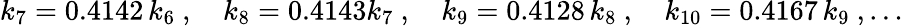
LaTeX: k_{7}=0.4142\, k_{6}\ ,\quad k_{8}=0.4143k_{7}\ ,\quad k_{9}=0.4128\, k_{8}\ ,\quad k_{10}=0.4167\, k_{9}\ ,\ldots